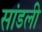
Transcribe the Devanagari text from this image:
सांडली